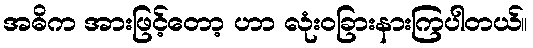
အဓိက အားဖြင့်တော့ ဟာ လုံးဝခြားနားကြပါတယ်။